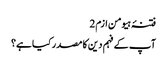
فتنۂ ہیومن ازم 2
آپ کے فہم دین کا مصدر کیا ہے؟